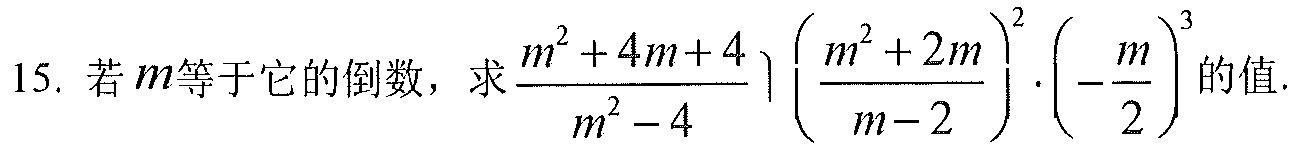
15. 若\(m\)等于它的倒数，求\(\dfrac{m^{2}+4m + 4}{m^{2}-4}\div\left(\dfrac{m^{2}+2m}{m - 2}\right)^{2}\cdot\left(-\dfrac{m}{2}\right)^{3}\)的值.